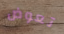
تعوض